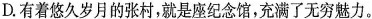
D.有着悠久岁月的张村，就是座纪念馆，充满了无穷魅力。